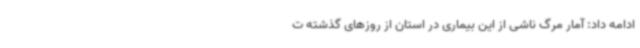
ادامه داد: آمار مرگ ناشی از این بیماری در استان از روزهای گذشته ت